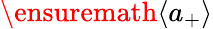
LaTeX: \ensuremath{\langle a_{+}\rangle}